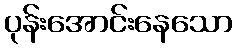
ပုန်းအောင်းနေသော